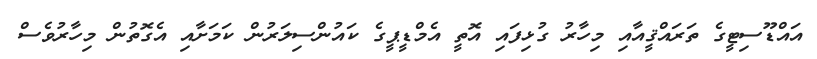
އައްޑޫސިޓީގެ ތަރައްޤީއާއި މިހާރު ގުޅިފައި އޮތީ އެމްޑީޕީގެ ކައުންސިލަރުން ކަމަށާއި އެގޮތުން މިހާރުވެސް